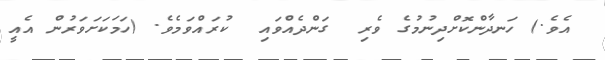
އެވެ.) ހަނދާންކޮށްދިނުމުގެ ވެރި  ގަންދެއްވައި  ކުރައްވަމެވެ. (ހަމަކަށަވަރުން އެއީ